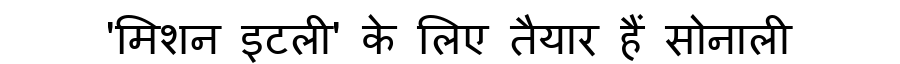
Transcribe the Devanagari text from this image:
'मिशन इटली' के लिए तैयार हैं सोनाली